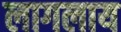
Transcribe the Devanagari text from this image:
लागलाय